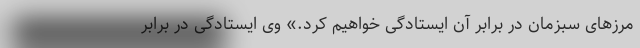
مرزهای سبزمان در برابر آن ایستادگی خواهیم کرد.» وی ایستادگی در برابر